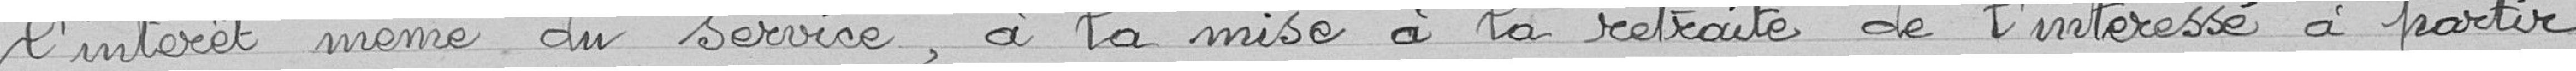
l'intérêt même du service, à la mise à la retraite de l'intéressé à partir